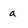
Character: a